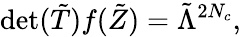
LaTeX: \mathrm{det}({\tilde{T}})f({\tilde{Z}})={\tilde{\Lambda}}^{2N_{c}},